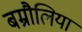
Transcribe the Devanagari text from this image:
बम्रौलिया